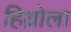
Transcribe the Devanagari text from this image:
हिथ्रोला